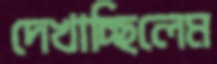
দেখাচ্ছিলেম